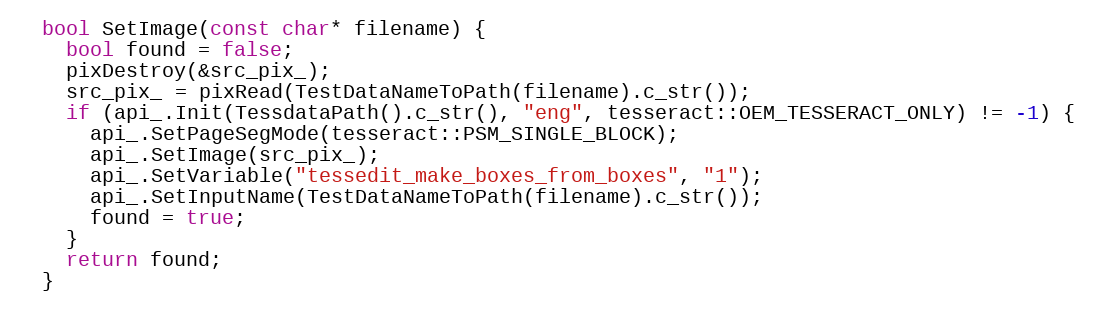
Language: C++
  bool SetImage(const char* filename) {
    bool found = false;
    pixDestroy(&src_pix_);
    src_pix_ = pixRead(TestDataNameToPath(filename).c_str());
    if (api_.Init(TessdataPath().c_str(), "eng", tesseract::OEM_TESSERACT_ONLY) != -1) {
      api_.SetPageSegMode(tesseract::PSM_SINGLE_BLOCK);
      api_.SetImage(src_pix_);
      api_.SetVariable("tessedit_make_boxes_from_boxes", "1");
      api_.SetInputName(TestDataNameToPath(filename).c_str());
      found = true;
    }
    return found;
  }